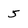
Character: 5